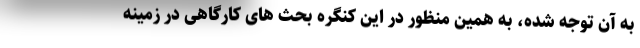
به آن توجه شده، به همین منظور در این کنگره بحث های کارگاهی در زمینه